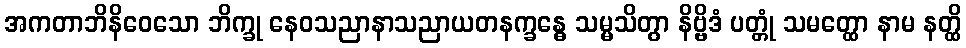
အကတာဘိနိဝေသော ဘိက္ခု နေဝသညာနာသညာယတနက္ခန္ဓေ သမ္မသိတွာ နိဗ္ဗိဒံ ပတ္တုံ သမတ္ထော နာမ နတ္ထိ